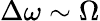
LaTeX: \Delta\omega\sim\Omega